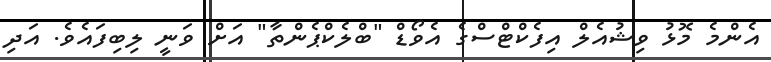
އެންމެ މޮޅު ވިޝުއެލް އިފެކްޓްސްގެ އެވޯޑް "ބްލެކްޕެންތާ" އަށް ވަނީ ލިބިފައެވެ. އަދި